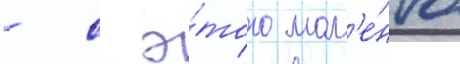
- с э́того мом'е́нта